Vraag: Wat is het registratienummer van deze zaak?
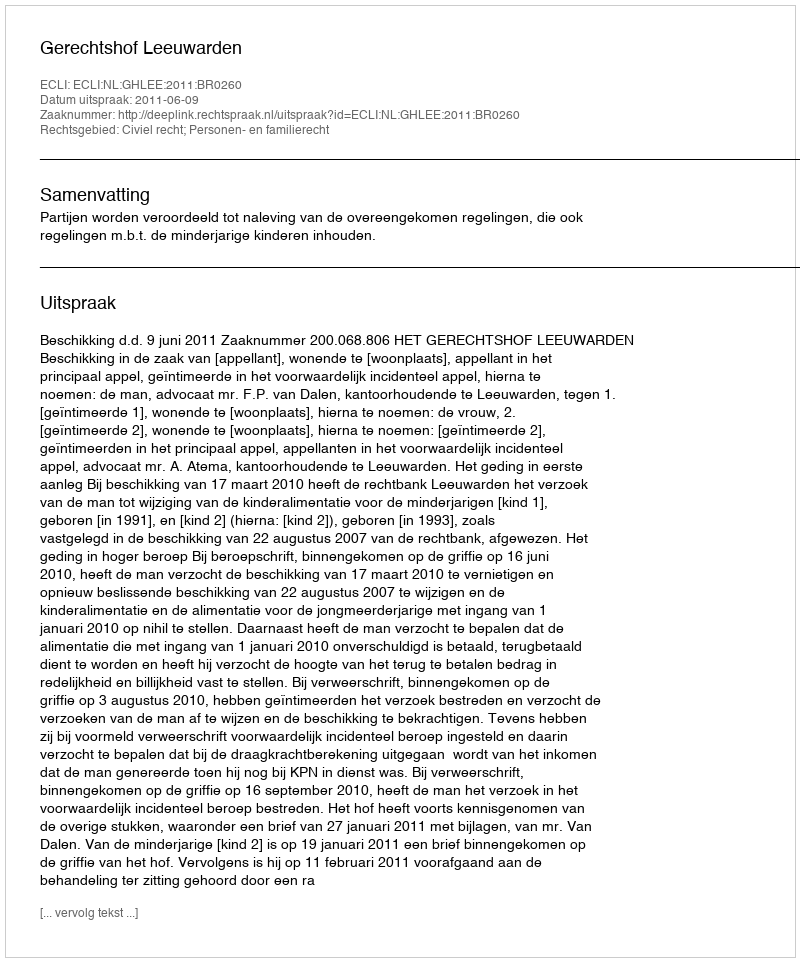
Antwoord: http://deeplink.rechtspraak.nl/uitspraak?id=ECLI:NL:GHLEE:2011:BR0260